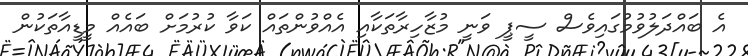
އެ ބައްދަލުވުމުގައިވެސް ސީޕީ ވަނީ މުޒާހިރާތަކާއި އެއްވުންތައް ކަވާ ކުރުމަށް ބައެއް މީޑީއާތަކުން